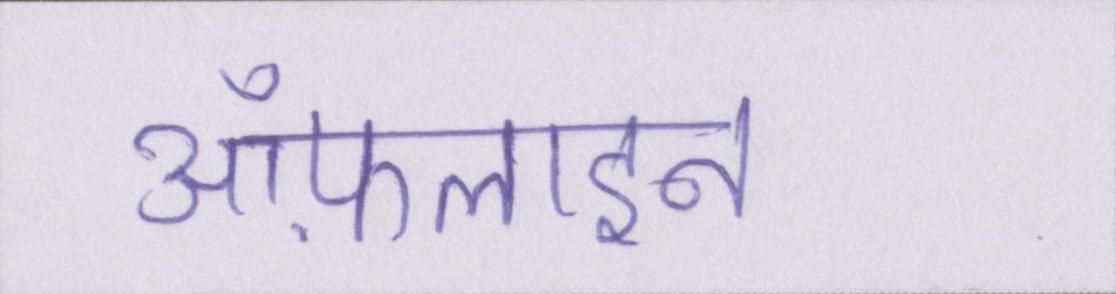
ऑफ़लाइन